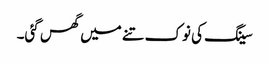
سینگ کی نوک تنے میں گھس گئی۔